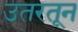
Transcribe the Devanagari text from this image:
उतरतून